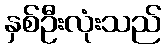
နှစ်ဦးလုံးသည်